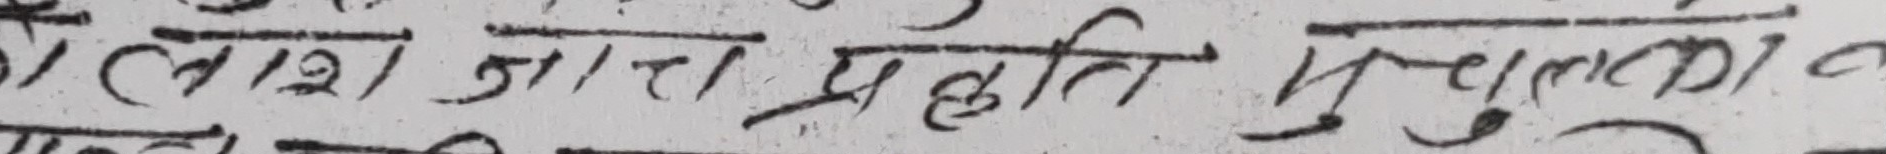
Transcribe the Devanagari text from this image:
ताश जात प्रहति मुसुक्का